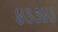
૪૩૭૪૩